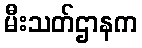
မီးသတ်ဌာနက